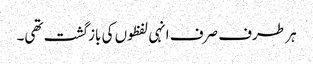
ہر طرف صرف انہی لفظوں کی بازگشت تھی۔